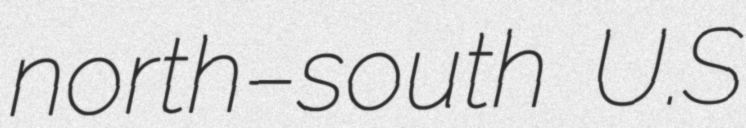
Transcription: north–south U.S